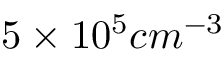
5 \times 1 0 ^ { 5 } c m ^ { - 3 }